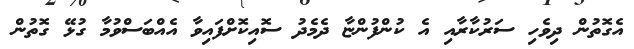
އެގޮތުން ދިވެހި ސަރުކާރާއި އެ ކުންފުންޏާ ދެމެދު ސޮއިކޮށްފައިވާ އެއްބަސްވުމާ ގުޅޭ ގޮތުން